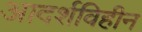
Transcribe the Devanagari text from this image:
आदर्शविहीन